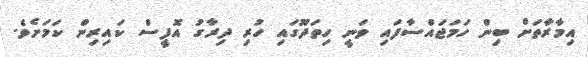
އިމާރާތަށް ބިން ހަމަޖައްސާފައި ވަނީ ހިތަދޫގައި ހުރި ދިރާގު އޮފީސް ކައިރިން ކަމަށެވެ.